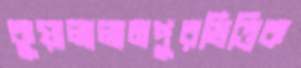
কুয়ালালামপুরভিত্তিক